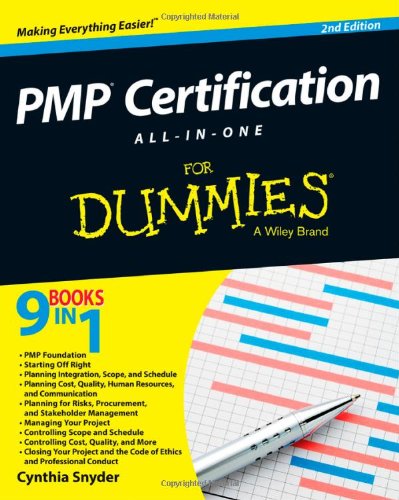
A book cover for PMP Certification All-in-One For Dummies; Cynthia Snyder Stackpole; Test Preparation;